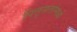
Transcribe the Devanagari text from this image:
पित्तृसत्तांमध्ये